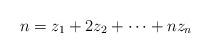
LaTeX: \begin{align*}n=z_1+2z_2+\cdots +nz_n\end{align*}